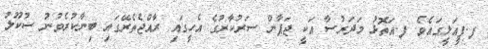
ފ.ފީއަލީގައެވެ. ފ.އަތޮޅު މަދަރުސާ އަކީ ޖަޕާން ސަރުކާރުގެ އެހީގައި ރާއްޖެތެރޭގައި ބިނާކުރެވުނު ސުކޫލު